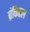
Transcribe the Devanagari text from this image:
ब्रंकिटल